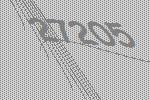
27205